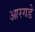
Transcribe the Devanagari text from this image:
आरगडे